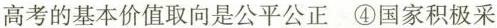
高考的基本价值取向是公平公正 ④国家积极采